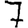
Digit: 7